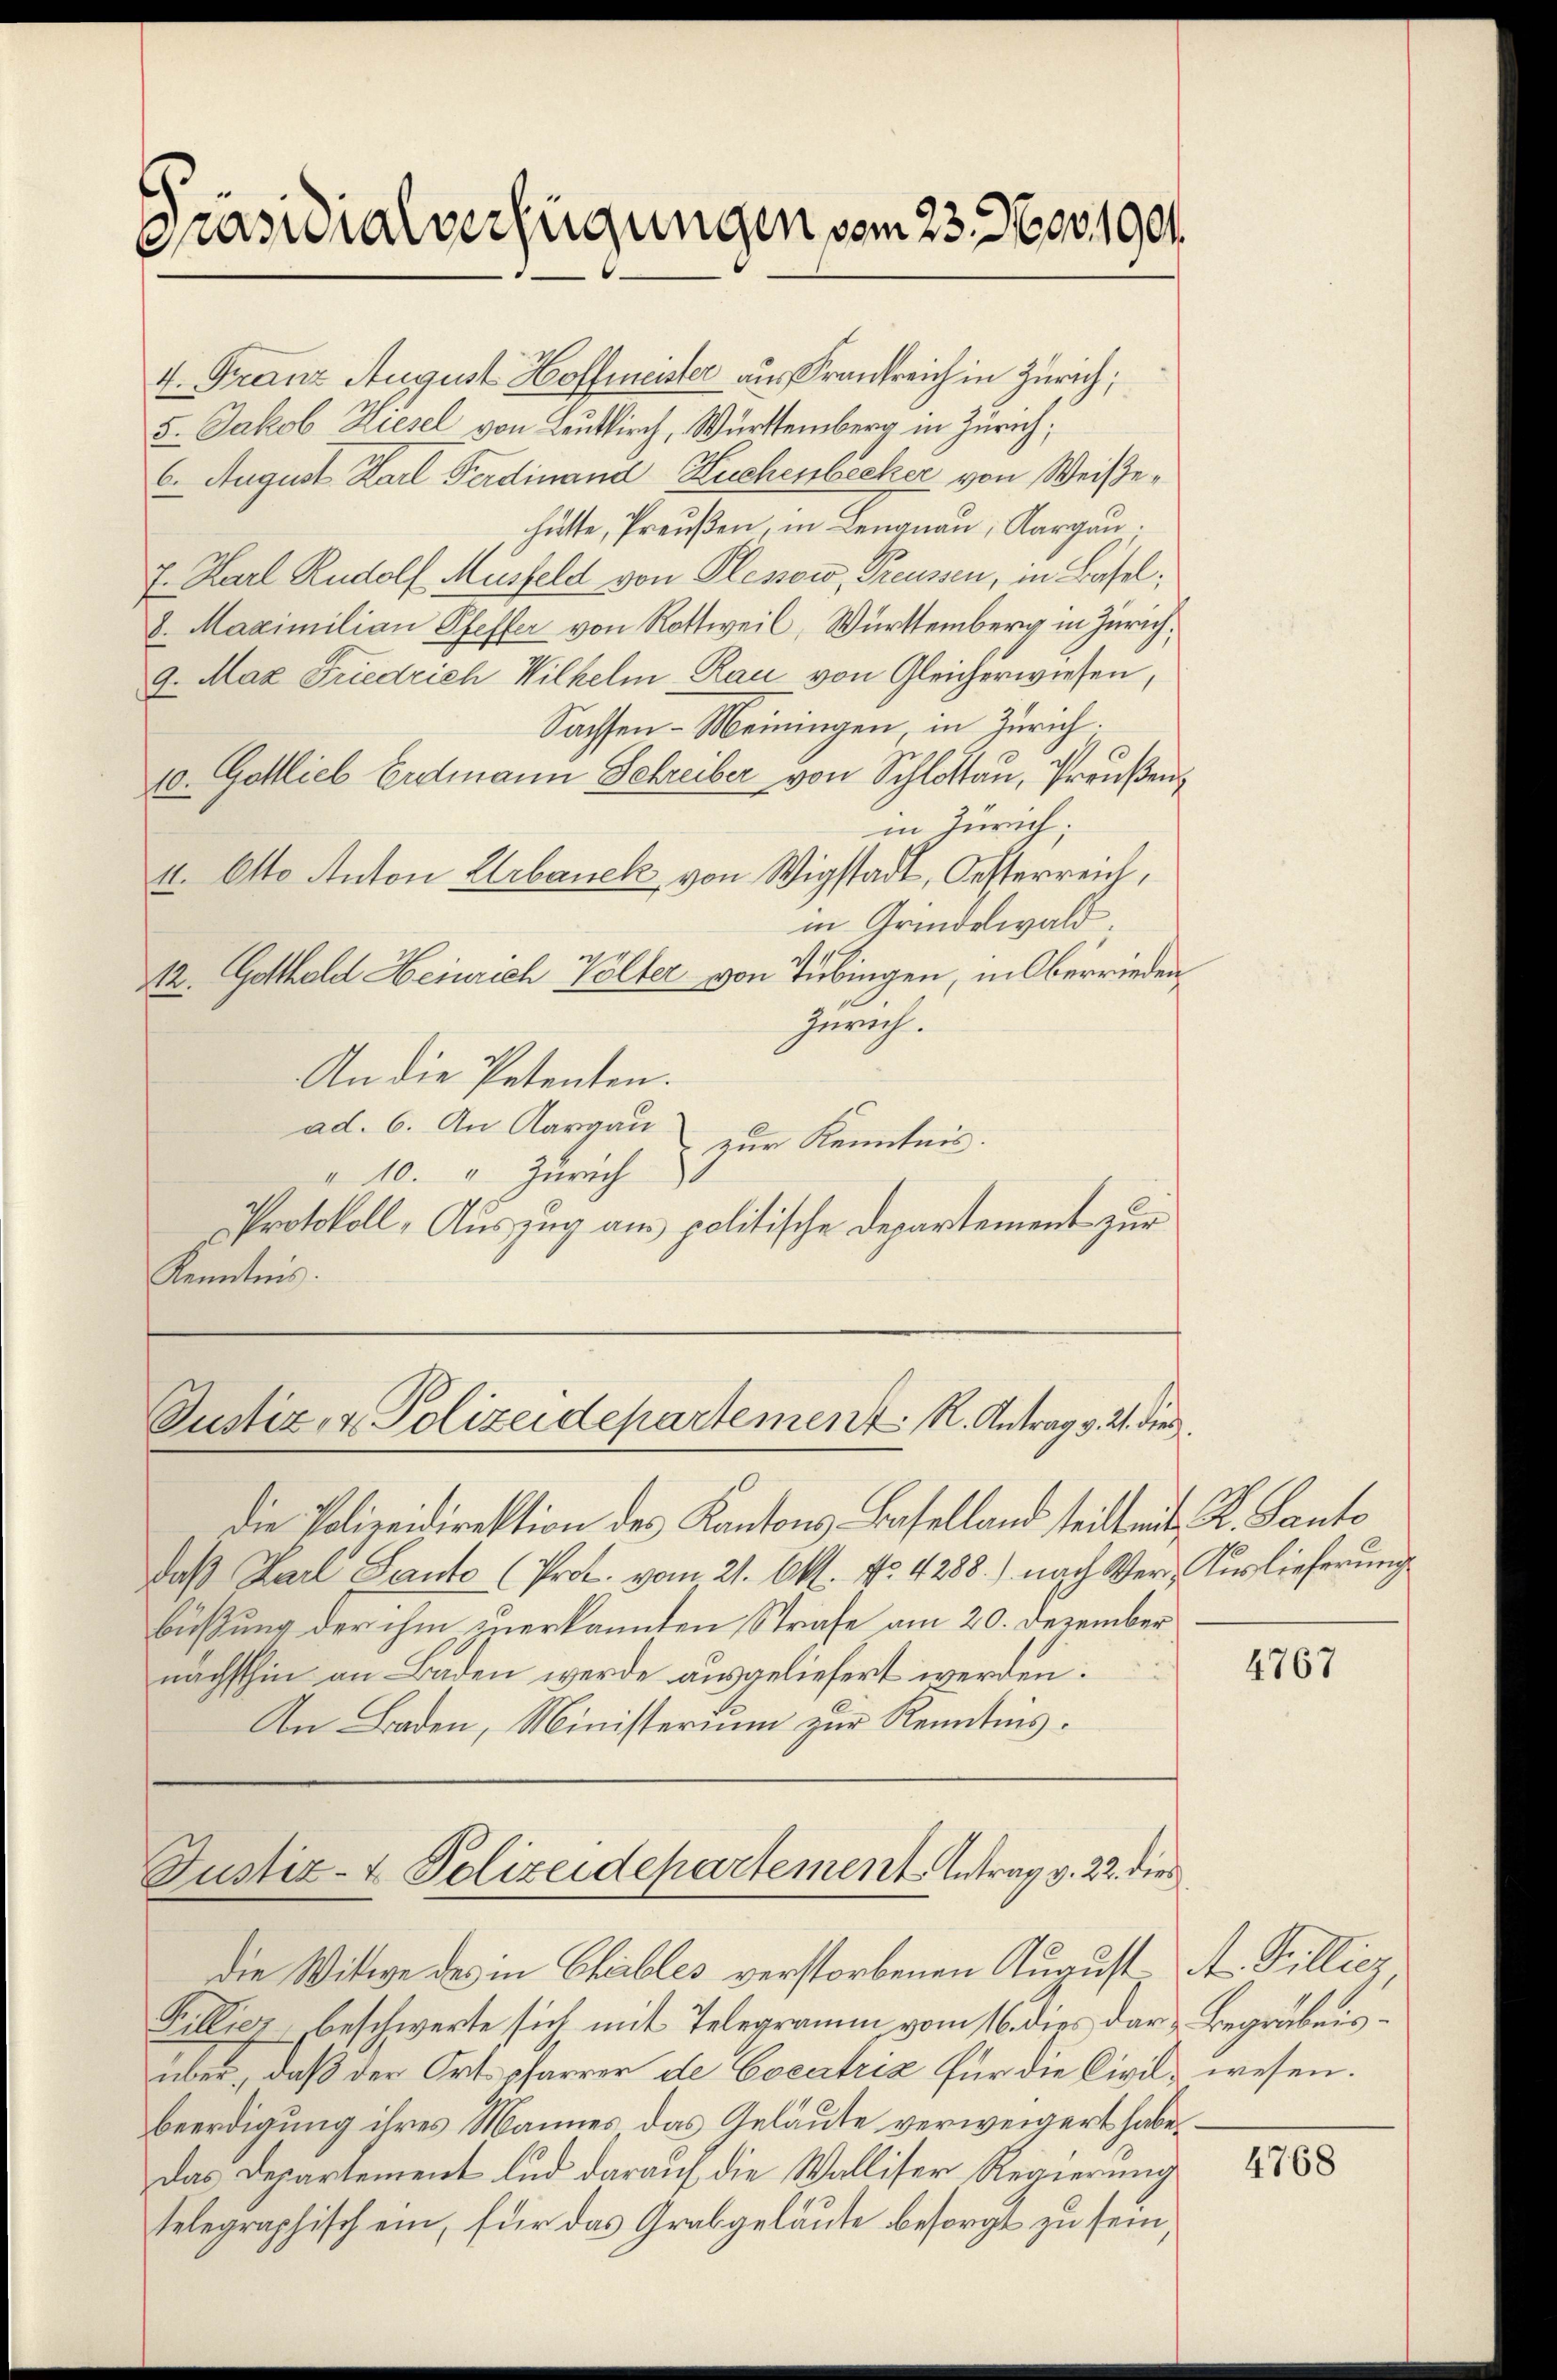
Präsidialverfügungen vom 23. Nov. 1904.

4. Franz August Hoffmeister aus Frankreich in Zürich;
5. Jakob Hiesel von Leutkirch, Württemberg in Zürich;
6. August Karl Ferdinand Huchenbecker von Weisehätte, Preußen, in Lengnau, Aargau.
7. Karl Rudolf Müsfeld von Plessow, Preussen, in Basel,
8. Maximilian Pfeffer von Rottweil, Württemberg in Zürich,
9. Maz Friedrich Wilhelm Rau von Gleicherwiesen,
Sachsen-Meiningen, in Zürich.
10. Gottlieb Erdmann Schreiber von Schlotta, Preußen,
in Zürich;
4. Otto Anton Urbanek von Wigstadt, Oesterreich,
in Grindelwald
12. Gotthald Heinrich Volter von Tübingen, in Oberrieden¬
Zürich.
An die Petenten.
ad. 6. An Aargau
zur Kenntnis.
" 10. v. Zürich
Protokoll, Auszug aus politische Departement zur
Kenntnis.

Justiz- & Polizeidepartement R. Antrag v. 21. dies

die Polizeidirektion des Kantons Baselland teilt mit K. Canto
daβ Karl Santo (Prot. vom 21. Okt. No. 4288.) nach Ver- Auslieferung
büßung der ihm zuerkannten Strafe am 20. Dezember
nächsthin an Baden werde ausgeliefert werden.
An Baden, Ministerium zur Kenntnis.

Justiz- & Polizeidepartement Antrag v. 22. dies
die Witwe des in Chaibles verstorbenen August

Billicz beschwerte sich mit Telegramm vom 16. dies dar u. Begräbnisüber, daß der Ortspfarrer de Cocatria für die Civil, wesen.
beerdigung ihres Mannes das Geläute verweigert habe,
Das Departement lud darauf die Walliser Regierung
telegraphisch ein, für das Grabgelaute besorgt zu sein,

4767

A Pillig

4768